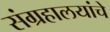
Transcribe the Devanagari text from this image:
संग्रहालयांचे